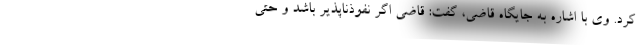
کرد. وی با اشاره به جایگاه قاضی، گفت: قاضی اگر نفوذناپذیر باشد و حتی